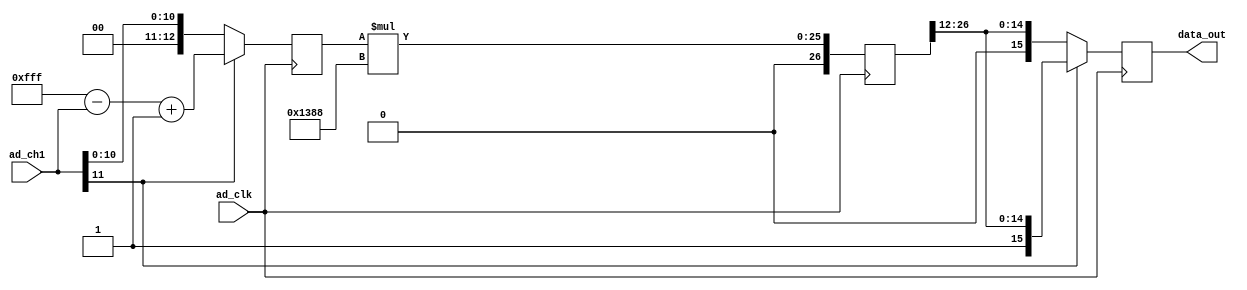
`timescale 1ns / 1ps
//////////////////////////////////////////////////////////////////////////////////
// Module Name:    volt_cal 
//////////////////////////////////////////////////////////////////////////////////
module volt_cal(
   input        ad_clk,                  //
	
	input [11:0] ad_ch1,              //AD1

  
	output reg [15:0] data_out

    );

reg [31:0] ch1_data_reg;

reg [12:0] ch1_reg;




//AD 
always @(posedge ad_clk)
begin
    if(ad_ch1[11]==1'b1) begin                     //CH1
	    ch1_reg<=12'hfff - ad_ch1 + 1'b1;
		 data_out<={1'b1,ch1_data_reg[26:12]};
	 end
	 else begin
       ch1_reg<=ad_ch1;
		 data_out<={1'b0,ch1_data_reg[26:12]};
	 end	 		 	 
end 		 



//AD (1 LSB = 5V / 2048 = 2.44mV
always @(posedge ad_clk)
begin
	ch1_data_reg<=ch1_reg * 5000;						
end	



endmodule